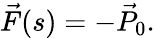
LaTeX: \vec{F}(s)=-\vec{P}_{0}.